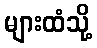
များထံသို့